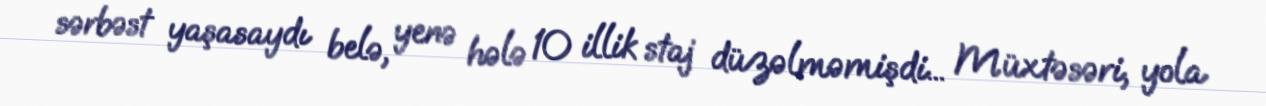
sərbəst yaşasaydı belə, yenə hələ 10 illik staj düzəlməmişdi... Müxtəsəri, yola